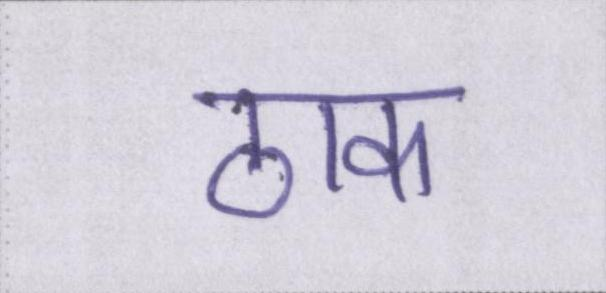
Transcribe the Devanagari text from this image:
ठाक